Report of the veterinary officer investigating camel disease
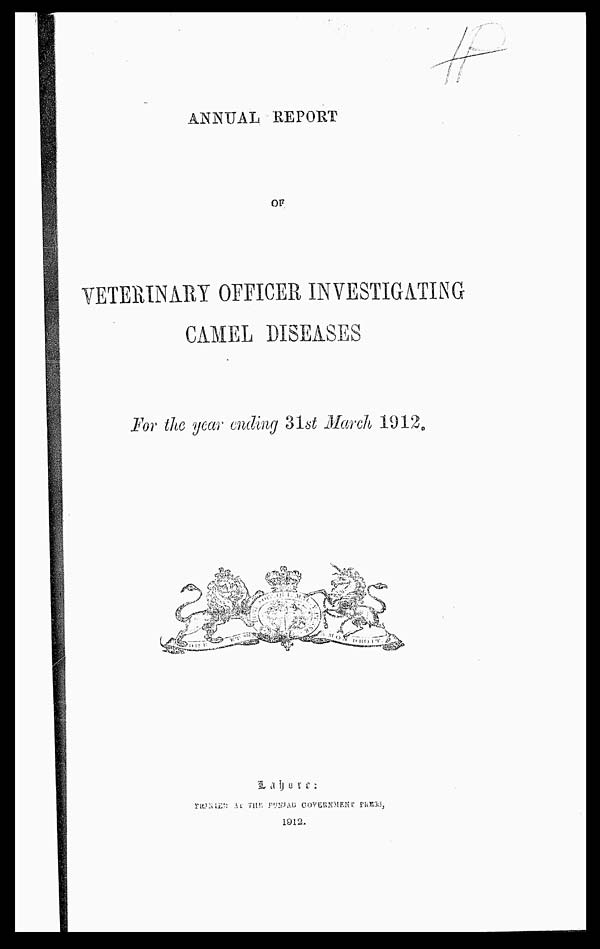
ANNUAL REPORT
OF
VETERINARY OFFICER INVESTIGATING
CAMEL DISEASES
For the year ending 31st March 1912.
L a h o r e :
PRINTED AT THE PUNJAB GOVERNMENT PRESS.
1912.